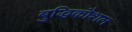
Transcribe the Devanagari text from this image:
बुद्धिकौशल